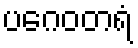
ပဂေဝတရံ